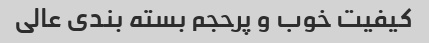
کیفیت خوب و پرحجم بسته بندی عالی